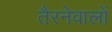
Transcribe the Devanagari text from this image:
तैरनेवालों